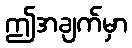
ဤအချက်မှာ